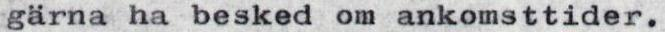
gärna ha besked om ankomsttider.